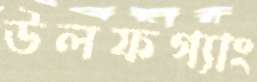
উলফগ্যাং